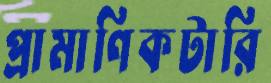
প্রামাণিকটারি